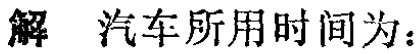
解 汽车所用时间为：